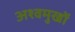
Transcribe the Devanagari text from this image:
अश्वमुखों